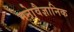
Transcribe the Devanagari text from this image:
मनाेवैज्ञानिक